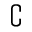
\complement